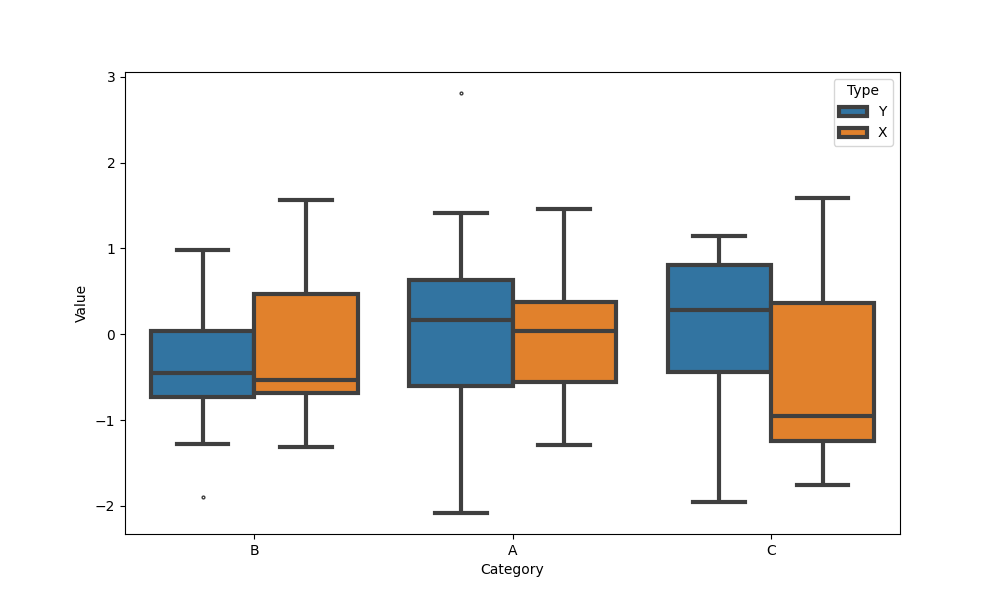
python, seaborn, boxplot, width=0.8, linewidth=3, fliersize=2, notch=False